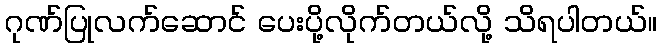
ဂုဏ်ပြုလက်ဆောင် ပေးပို့လိုက်တယ်လို့ သိရပါတယ်။